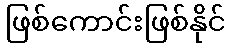
ဖြစ်ကောင်းဖြစ်နိုင်